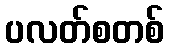
ပလတ်စတစ်